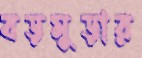
বড়মুড়ার